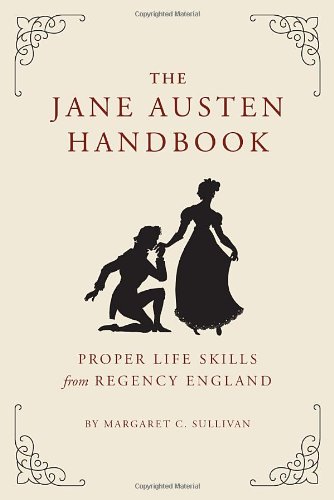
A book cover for The Jane Austen Handbook; Margaret Sullivan; Politics & Social Sciences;